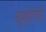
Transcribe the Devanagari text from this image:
मुव्हीची